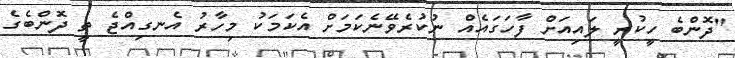
"ދޮންބެ ހީކުރީ ލައިއަށް ފާހަގައެއް ނުކުރެވޭނެކަމަށް އެކަމަކު މިހާރު އެނގިއްޖެ ތީ ދޮންބެގެ